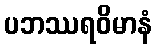
ပဘဿရဝိမာနံ